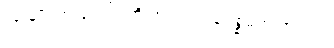
လူ မျိုး အ ပေါင်း တို့ အ တွက် ခရစ္စမတ် အ ရှင်။